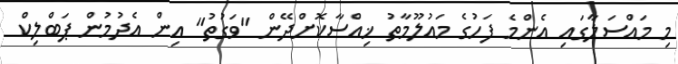
މި މައްސަލާގައި އެންމެ ފަހުގެ މައުލޫމާތު ޚިއްސާކޮށްދޭން "ވަގުތު" އިން އެދުމުން ޕަބްލިކް